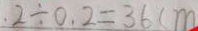
2 \div 0 . 2 = 3 6 ( m